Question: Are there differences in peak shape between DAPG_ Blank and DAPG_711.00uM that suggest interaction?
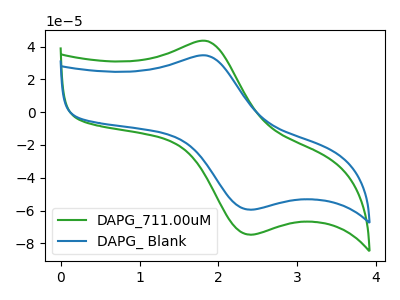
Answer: <think>The green curve "DAPG_711.00uM" has an anodic peak at (1.85V, 43.40uA) and a cathodic peak at (2.40V, -74.75uA). The blue curve "DAPG_ Blank" has an anodic peak at (1.85V, 34.55uA) and a cathodic peak at (2.40V, -59.50uA).
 All the peaks in "DAPG_ Blank" have a peak in "DAPG_711.00uM" at the same potential. Every peak in "DAPG_ Blank" is lower than every peak in "DAPG_711.00uM".</think>
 <answer>No, "DAPG_ Blank" and "DAPG_711.00uM" don't appear to be significantly different in shape</answer>
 <eval>no_change</eval>